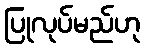
ပြုလုပ်မည်ဟု